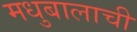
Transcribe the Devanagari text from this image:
मधुबालाची